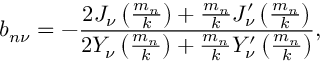
b _ { n \nu } = - \frac { 2 J _ { \nu } \left( \frac { m _ { n } } { k } \right) + \frac { m _ { n } } { k } J _ { \nu } ^ { \prime } \left( \frac { m _ { n } } { k } \right) } { 2 Y _ { \nu } \left( \frac { m _ { n } } { k } \right) + \frac { m _ { n } } { k } Y _ { \nu } ^ { \prime } \left( \frac { m _ { n } } { k } \right) } ,